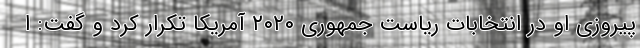
پیروزی او در انتخابات ریاست جمهوری ۲۰۲۰ آمریکا تکرار کرد و گفت: ا